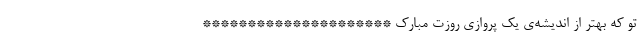
تو که بهتر از اندیشه‌ی یک پروازی روزت مبارک *********************